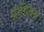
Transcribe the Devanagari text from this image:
प्रीवियस